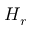
H _ { r }